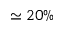
\simeq 2 0 \%